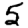
Digit: 5